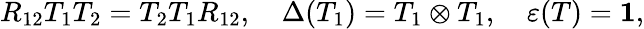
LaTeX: R_{12}T_{1}T_{2}=T_{2}T_{1}R_{12},\ \ \ \ \Delta(T_{1})=T_{1}\otimes T_{1},\ \ \ \ \varepsilon(T)={\mathbf 1},